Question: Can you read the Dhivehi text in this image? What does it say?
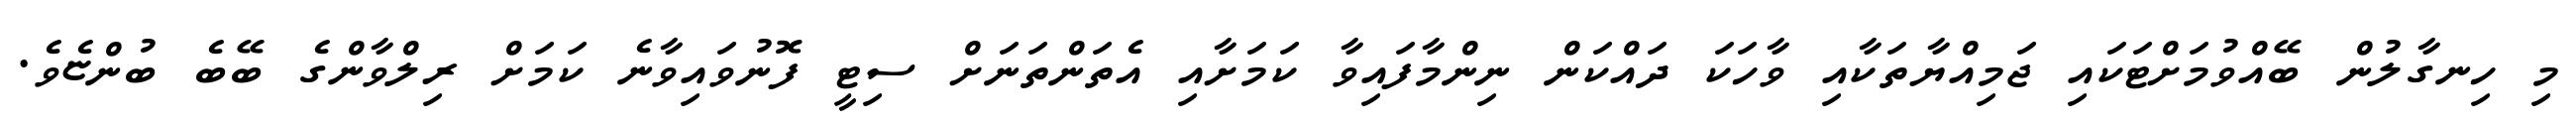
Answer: މި ހިނގާލުން ބޭއްވުމަށްޓަކައި ޖަމިއްޔާތަކާއި ވާހަކަ ދައްކަން ނިންމާފައިވާ ކަމަށާއި އެތަންތަނަށް ސިޓީ ފޮނުވައިވާނެ ކަމަށް ރިލްވާންގެ ބޭބެ ބުންޏެވެ.